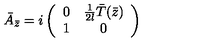
\bar { A } _ { \bar { z } } = i \left( \begin{array} { c c } { 0 } & { { \frac { 1 } { 2 l } } \bar { T } ( \bar { z } ) } \\ { 1 } & { 0 } \\ \end{array} \right)